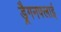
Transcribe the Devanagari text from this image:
ड्रैगनफ्लाई